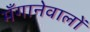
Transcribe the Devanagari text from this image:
मँगानेवालों